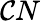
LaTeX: \mathcal{C}N